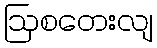
ဩစတေးလျ